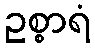
ဥစ္စာရံ